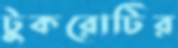
টুকরোটির